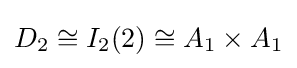
D_{2}\cong I_{2}(2)\cong A_{1}\times A_{1}